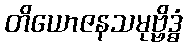
တိယောဇနသမုဗ္ဗိဒ္ဓံ